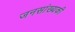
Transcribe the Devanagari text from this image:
जनसांख्यकी